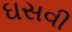
ઘસવી